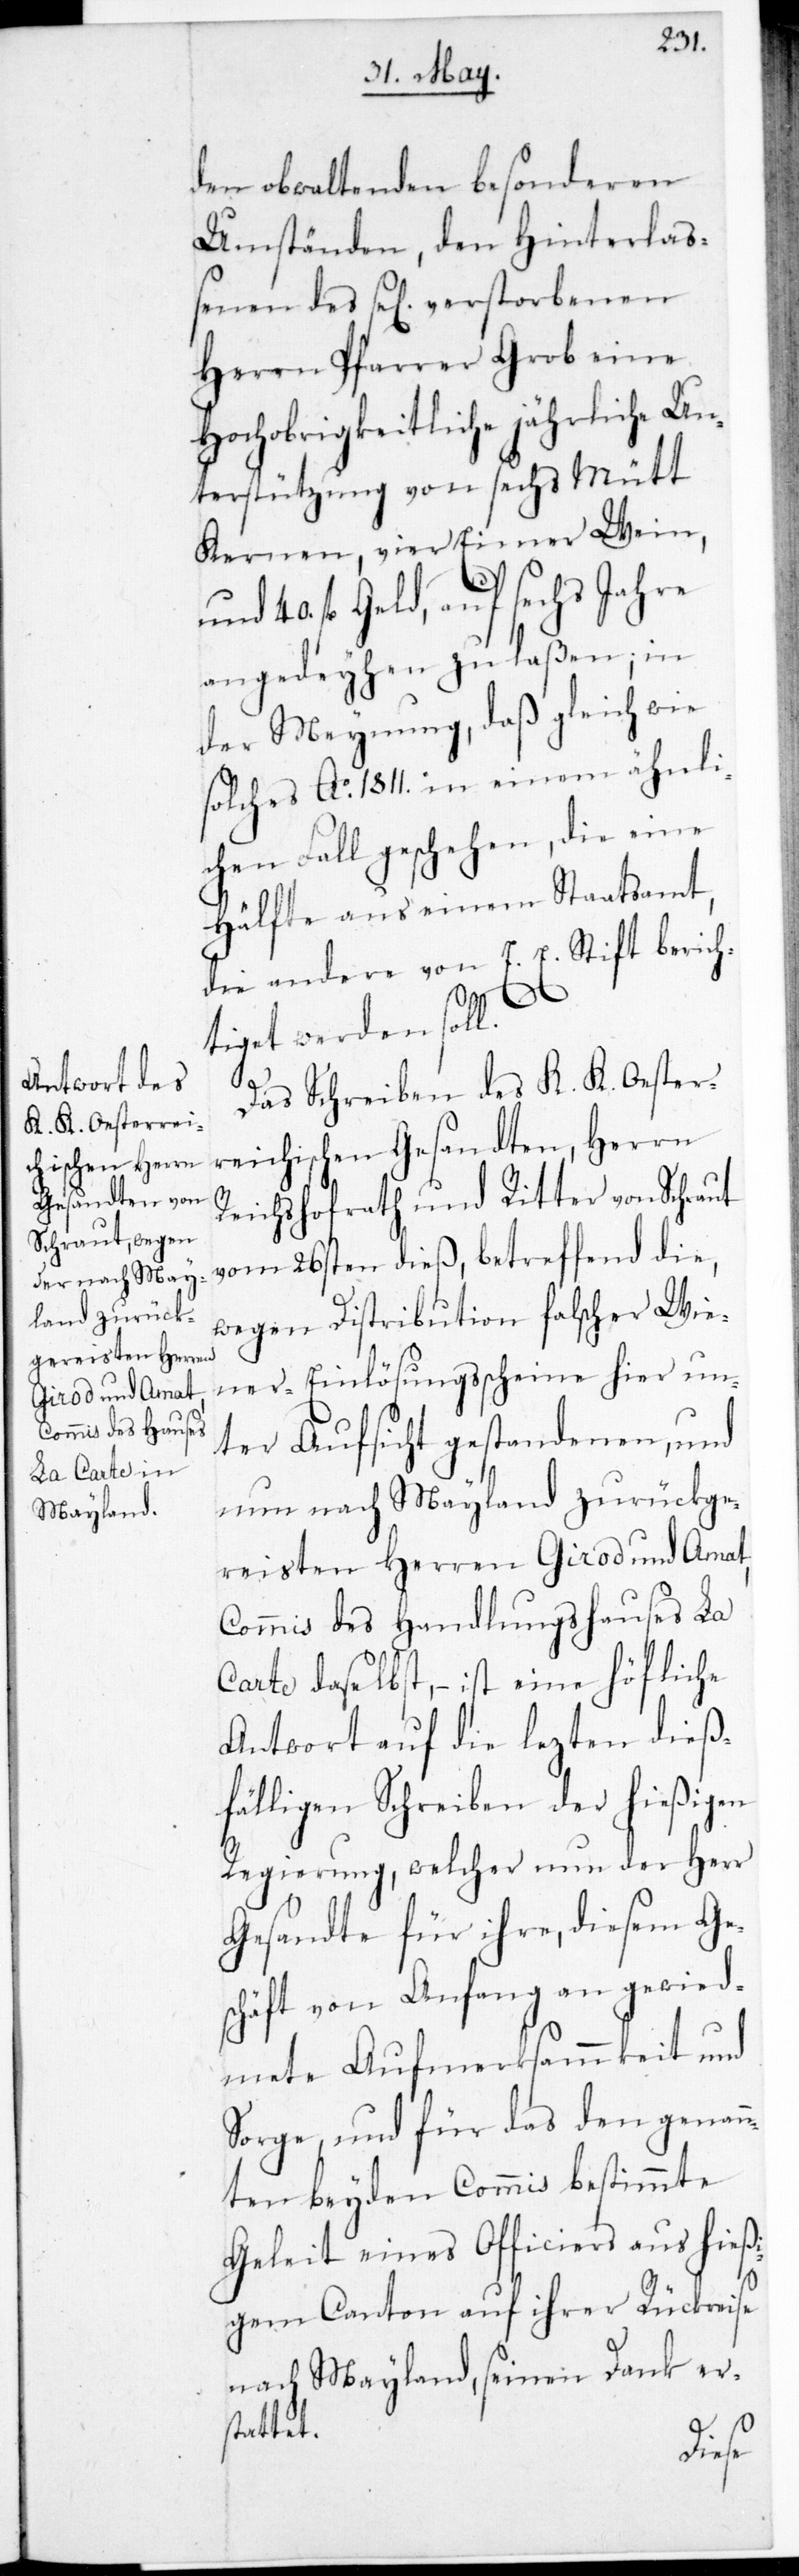
den obwaltenden besonderen
Umständen, den Hinterlaß¬
enen des sel. verstorbenen
Herren Pfarrer Grob eine
Hochobrigkeitliche jährliche Un¬
terstützung von sechs Mütt
Kernen, vier Eimer Wein
40. fl. Geld, auf sechs Jahre
angedeihen zu laßen; in
der Meynung, daß gleich wie
solches Ao. 1811 in einem ähnli¬
chen Fall geschehen, die eine
Hälfte aus einem Staatsamt,
die andere von E. E. Stift berich¬
tiget werden soll.
Das Schreiben des K. K. Oester¬
reichischen Gesandten, Herrn
Reichshofrath und Ritter von Schraut
vom 26sten dieß, betreffend die,
wegen Distribution falscher Wie¬
ner-Einlösungßcheine hier un¬
ter Aufsicht gestandenen, und
nun nach Mayland zurückge¬
reisten Herren Girod und Amat,
Commis des Handlungshauses La
Carte daselbst, – ist eine höfliche
Antwort auf die letzten dieß¬
fälligen Schreiben der hießigen
Regierung, welcher nun der Herr
Gesandte für ihre, diesem Ge¬
schäft von Anfang an gewid¬
mete Aufmerksammkeit und
Sorge, und für das den genan¬
nten beyden Commis bestimmte
Geleit eines Officiers aus hießi¬
gem Canton auf ihrer Rückreise
nach Mayland, seinen Dank er¬
stattet.